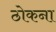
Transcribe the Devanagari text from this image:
ठोकना